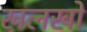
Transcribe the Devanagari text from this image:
खलखो